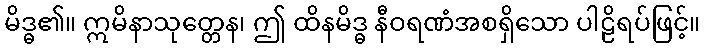
မိဒ္ဓ၏။ ဣမိနာသုတ္တေန၊ ဤ ထိနမိဒ္ဓ နီဝရဏံအစရှိသော ပါဠိရပ်ဖြင့်။